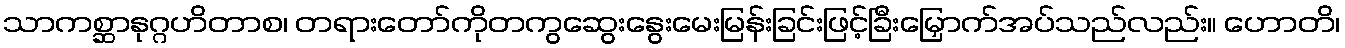
သာကစ္ဆာနုဂ္ဂဟိတာစ၊ တရားတော်ကိုတကွဆွေးနွေးမေးမြန်းခြင်းဖြင့်ခြီးမြှောက်အပ်သည်လည်း။ ဟောတိ၊